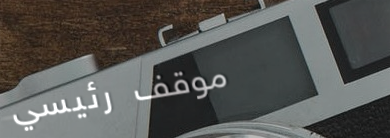
موقف رئيسي